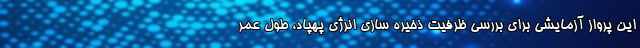
این پرواز آزمایشی برای بررسی ظرفیت ذخیره سازی انرژی پهپاد، طول عمر